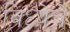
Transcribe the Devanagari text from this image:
विध्येचे